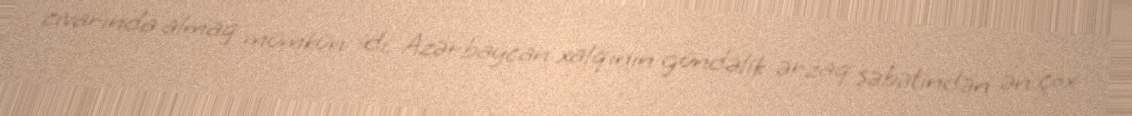
civarında almaq mümkün idi. Azərbaycan xalqının gündəlik ərzaq səbətindən ən çox